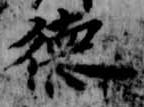
徳